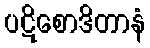
ပဋိစောဒိတာနံ